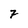
Character: 7